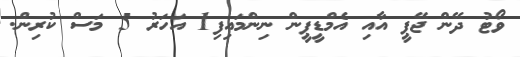
ވޯޓު ދޭން ޖޭޕީ އާއި އެމްޑީޕީން ނިންމައިފި1 އަހަރު 5 މަސް ކުރިން.